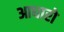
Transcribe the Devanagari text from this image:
आधारो